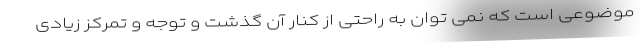
موضوعی است که نمی توان به راحتی از کنار آن گذشت و توجه و تمرکز زیادی